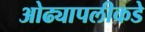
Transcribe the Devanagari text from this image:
ओढ्यापलीकडे